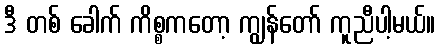
ဒီ တစ် ခေါက် ကိစ္စကတော့ ကျွန်တော် ကူညီပါ့မယ်။